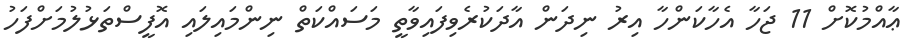
ޢާއްމުކޮށް 11 ޖަހާ އެހާކަންހާ އިރު ނިދަން އާދަކުރެވިފައިވާތީ މަސައްކަތް ނިންމައިލައި އޮފީސްތަޅުލުމަށްފަހު